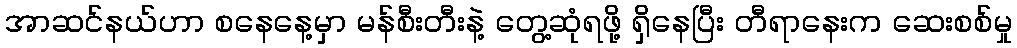
အာဆင်နယ်ဟာ စနေနေ့မှာ မန်စီးတီးနဲ့ တွေ့ဆုံရဖို့ ရှိနေပြီး တီရာနေးက ဆေးစစ်မှု